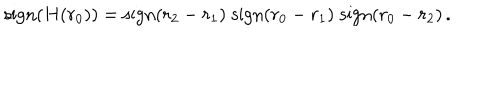
\mathrm { s i g n } ( H ( r _ { 0 } ) ) = \mathrm { s i g n } ( r _ { 2 } - r _ { 1 } ) \; \mathrm { s i g n } ( r _ { 0 } - r _ { 1 } ) \; \mathrm { s i g n } ( r _ { 0 } - r _ { 2 } ) \, .